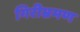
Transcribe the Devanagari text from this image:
गिरीभ्रमण